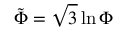
{ \tilde { \Phi } } = { \sqrt { 3 } } \ln { \Phi }